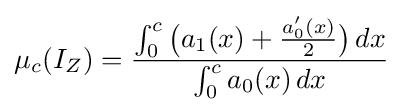
\mu _{c}(I_{Z})={\frac {\int _{0}^{c}{\big (}a_{1}(x)+{\frac {a_{0}'(x)}{2}}{\big )}\,dx}{\int _{0}^{c}a_{0}(x)\,dx}}